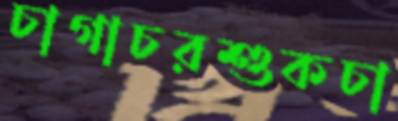
চাগাচরশুকচা